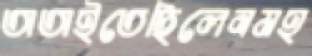
তাতাইতেছিলেনমহ